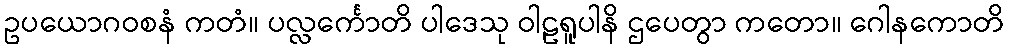
ဥပယောဂဝစနံ ကတံ။ ပလ္လင်္ကောတိ ပါဒေသု ဝါဠရူပါနိ ဌပေတွာ ကတော။ ဂေါနကောတိ